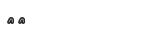
٣٧